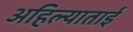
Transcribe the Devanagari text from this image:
अहिल्याताई